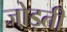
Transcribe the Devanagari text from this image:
जो़ड़ती